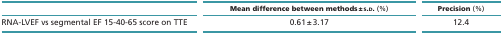
|  | Mean difference between methods ± s.d. (%) | Precision (%) |
 | --- | --- | --- |
 | RNA-LVEF vs segmental EF 15-40-65 score on TTE | 0.61 ± 3.17 | 12.4 |